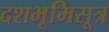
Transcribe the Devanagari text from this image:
दशभूमिसूत्र